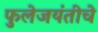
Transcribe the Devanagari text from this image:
फुलेजयंतीचे